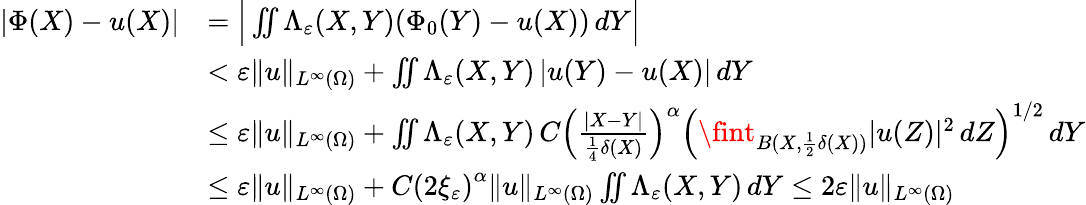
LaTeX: \begin{array}{rl}{|\Phi(X)-u(X)|}&{=\Big|\iint\Lambda_{\varepsilon}(X,Y)(\Phi_{0}(Y)-u(X))\, dY\Big|}\\ &{<\varepsilon\| u\| _{L^{\infty}(\Omega)}+\iint\Lambda_{\varepsilon}(X,Y)\left|u(Y)-u(X)\right|\, dY}\\ &{\le\varepsilon\| u\| _{L^{\infty}(\Omega)}+\iint\Lambda_{\varepsilon}(X,Y)\, C\Big(\frac{|X-Y|}{\frac{1}{4}\delta(X)}\Big)^{\alpha}\Big(\fint_{B(X,\frac{1}{2}\delta(X))}|u(Z)|^{2}\, dZ\Big)^{1/2}\, dY}\\ &{\le\varepsilon\| u\| _{L^{\infty}(\Omega)}+C\left(2\xi_{\varepsilon}\right)^{\alpha}\| u\| _{L^{\infty}(\Omega)}\iint\Lambda_{\varepsilon}(X,Y)\, dY\le 2\varepsilon\| u\| _{L^{\infty}(\Omega)}}\end{array}